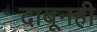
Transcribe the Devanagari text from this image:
दाबूनही